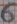
Text: 6